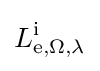
L\mathrm {_{e,\Omega ,\lambda }^{i}}